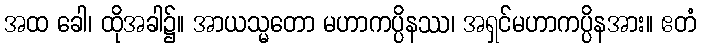
အထ ခေါ၊ ထိုအခါ၌။ အာယသ္မတော မဟာကပ္ပိနဿ၊ အရှင်မဟာကပ္ပိနအား။ ဧတံ